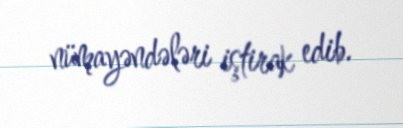
nümayəndələri iştirak edib.